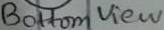
Text: Bottom View